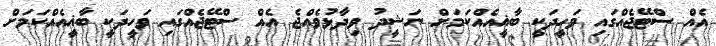
އެއް ސްޓޭޖެއްގައި ވަހީދަކީ ބާޣީއެއްކަމަށް ނަޝީދު ވިދާޅުވެއްޖެ އެއް ސްޓޭޖެއްގައި ވަހީދަކީ ބާޣީއެއްކަމަށް